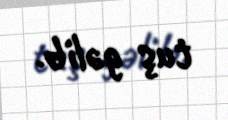
tuş gəlib.